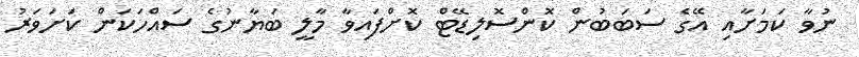
ނުވާ ކަމަށާއި އޭގެ ސަބަބުން ކޮންސޮލިޑޭޓް ކޮށްފައިވާ މާލީ ބަޔާނުގެ ސައްހަކަން ކަށަވަރު